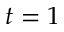
t = 1